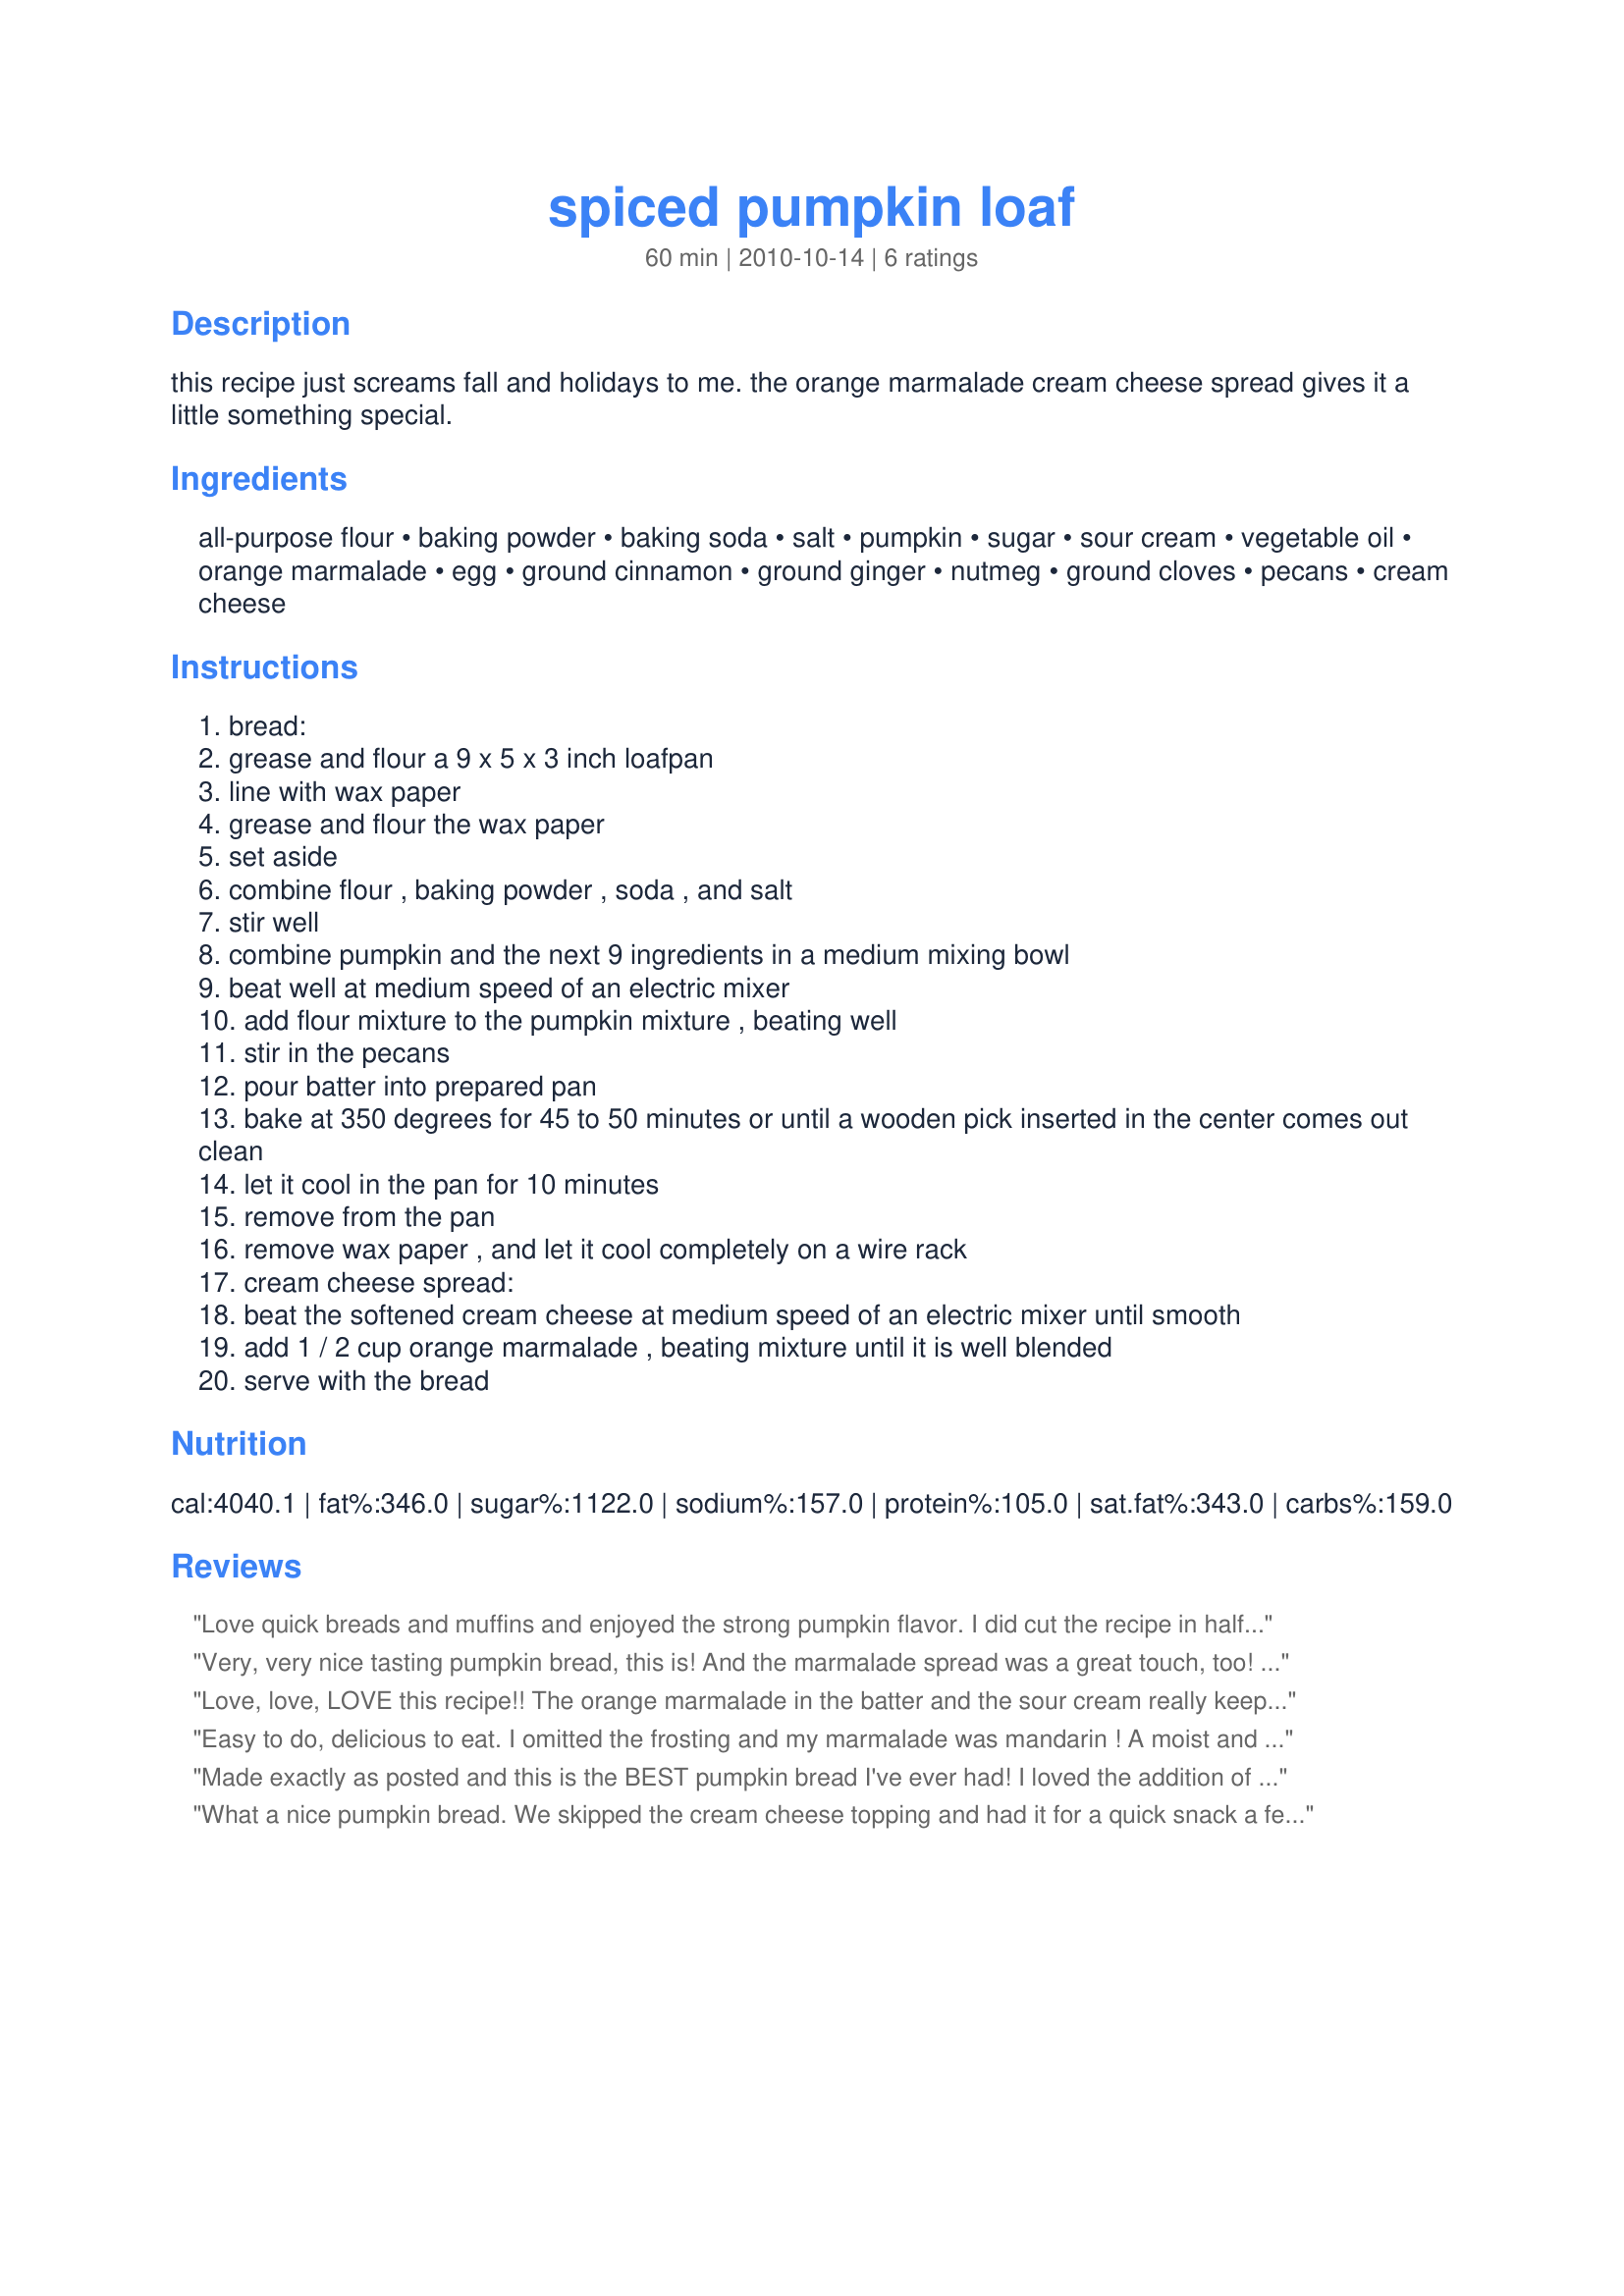
spiced pumpkin loaf
Preparation time: 60 minutes

this recipe just screams fall and holidays to me. the orange marmalade cream cheese spread gives it a little something special.

Ingredients:
all-purpose flour, baking powder, baking soda, salt, pumpkin, sugar, sour cream, vegetable oil, orange marmalade, egg, ground cinnamon, ground ginger, nutmeg, ground cloves, pecans, cream cheese

Steps:
bread:
grease and flour a 9 x 5 x 3 inch loafpan
line with wax paper
grease and flour the wax paper
set aside
combine flour , baking powder , soda , and salt
stir well
combine pumpkin and the next 9 ingredients in a medium mixing bowl
beat well at medium speed of an electric mixer
add flour mixture to the pumpkin mixture , beating well
stir in the pecans
pour batter into prepared pan
bake at 350 degrees for 45 to 50 minutes or until a wooden pick inserted in the center comes out clean
let it cool in the pan for 10 minutes
remove from the pan
remove wax paper , and let it cool completely on a wire rack
cream cheese spread:
beat the softened cream cheese at medium speed of an electric mixer until smooth
add 1 / 2 cup orange marmalade , beating mixture until it is well blended
serve with the bread

Reviews:
Love quick breads and muffins and enjoyed the strong pumpkin flavor. I did cut the recipe in half and substituted fig preserves, and made it into muffins (6) instead of a loaf. This made a wet dense muffin rather than the cakelike fluffy style. Very tasty even without icing!
Very, very nice tasting pumpkin bread, this is! And the marmalade spread was a great touch, too! Thanks for sharing another keeper! Even if I didn't make it for any of the winter holidays this first time, I'll be having it again, for sure! [Made & reviewed in Zaar Stars recipe tag]
Love, love, LOVE this recipe!! The orange marmalade in the batter and the sour cream really keep this as very moist and almost magical tasting loaf!! I did skip on the cream cheese spread as we are just not cream cheese lovers but instead made a orange based glaze to go over the bread instead. This is heavenly with all the spices too - just really takes this bread to a new level of flavor! Thanks for sharing this divine recipe in 123 Hit Wonders!
Easy to do, delicious to eat. I omitted the frosting and my marmalade was mandarin ! A moist and gorgeous cake, no doubt about it.
Made exactly as posted and this is the BEST pumpkin bread I've ever had! I loved the addition of marmaladee to the bread and the orange cream cheese spread would have kicked it up to 10 stars if I could. Thanks for sharing this keeper Breezermom! Made for Everyday Is A Holiday February 2011.
What a nice pumpkin bread. We skipped the cream cheese topping and had it for a quick snack a few evenings ago, and then we popped a few slices in the toaster oven for a quick re-heating (and spread a little butter on it) and enjoyed it again for breakfast the next morning. The bread is quite moist, and oh so spicy. Thanks, breezermom.
